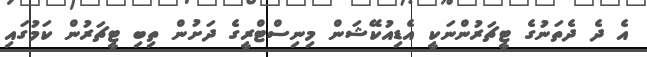
އެ ދެ ދެތަނުގެ ޓީޗަރުންނަކީ އެޑިއުކޭޝަން މިނިސްޓްރީގެ ދަށުން ތިބި ޓީޗަރުން ކަމުގައި